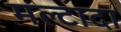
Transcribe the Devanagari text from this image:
मल्टादा